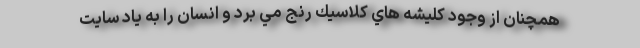
همچنان از وجود كليشه هاي كلاسيك رنج مي برد و انسان را به ياد سايت